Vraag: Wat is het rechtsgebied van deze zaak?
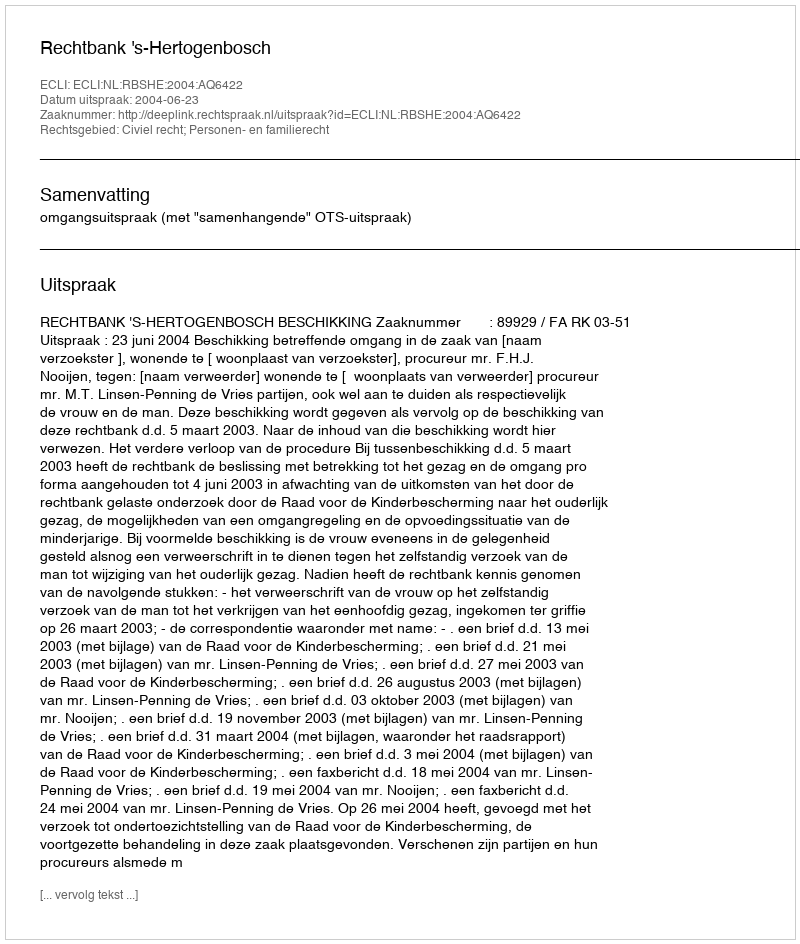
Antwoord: Civiel recht; Personen- en familierecht